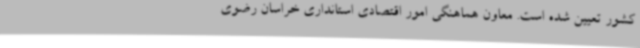
کشور تعیین شده است. معاون هماهنگی امور اقتصادی استانداری خراسان رضوی